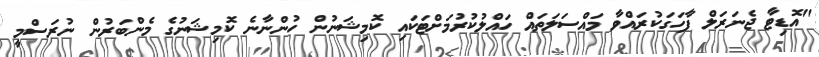
"އޮޑިޓާ ޖެނަރަލް ފާހަގަކުރައްވާ މައްސަލަތައް ހައްލުކުރުމަށްޓަކައި ކޮމިޝަނުން ހުންނާނެ ކޮމިޝަނުގެ މެންބަރުން ނުރަސްމީ